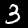
Label: 3